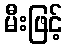
မီးဖြင့်